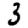
Digit: 3